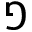
\Game